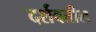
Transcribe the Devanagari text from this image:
दर्शवतील